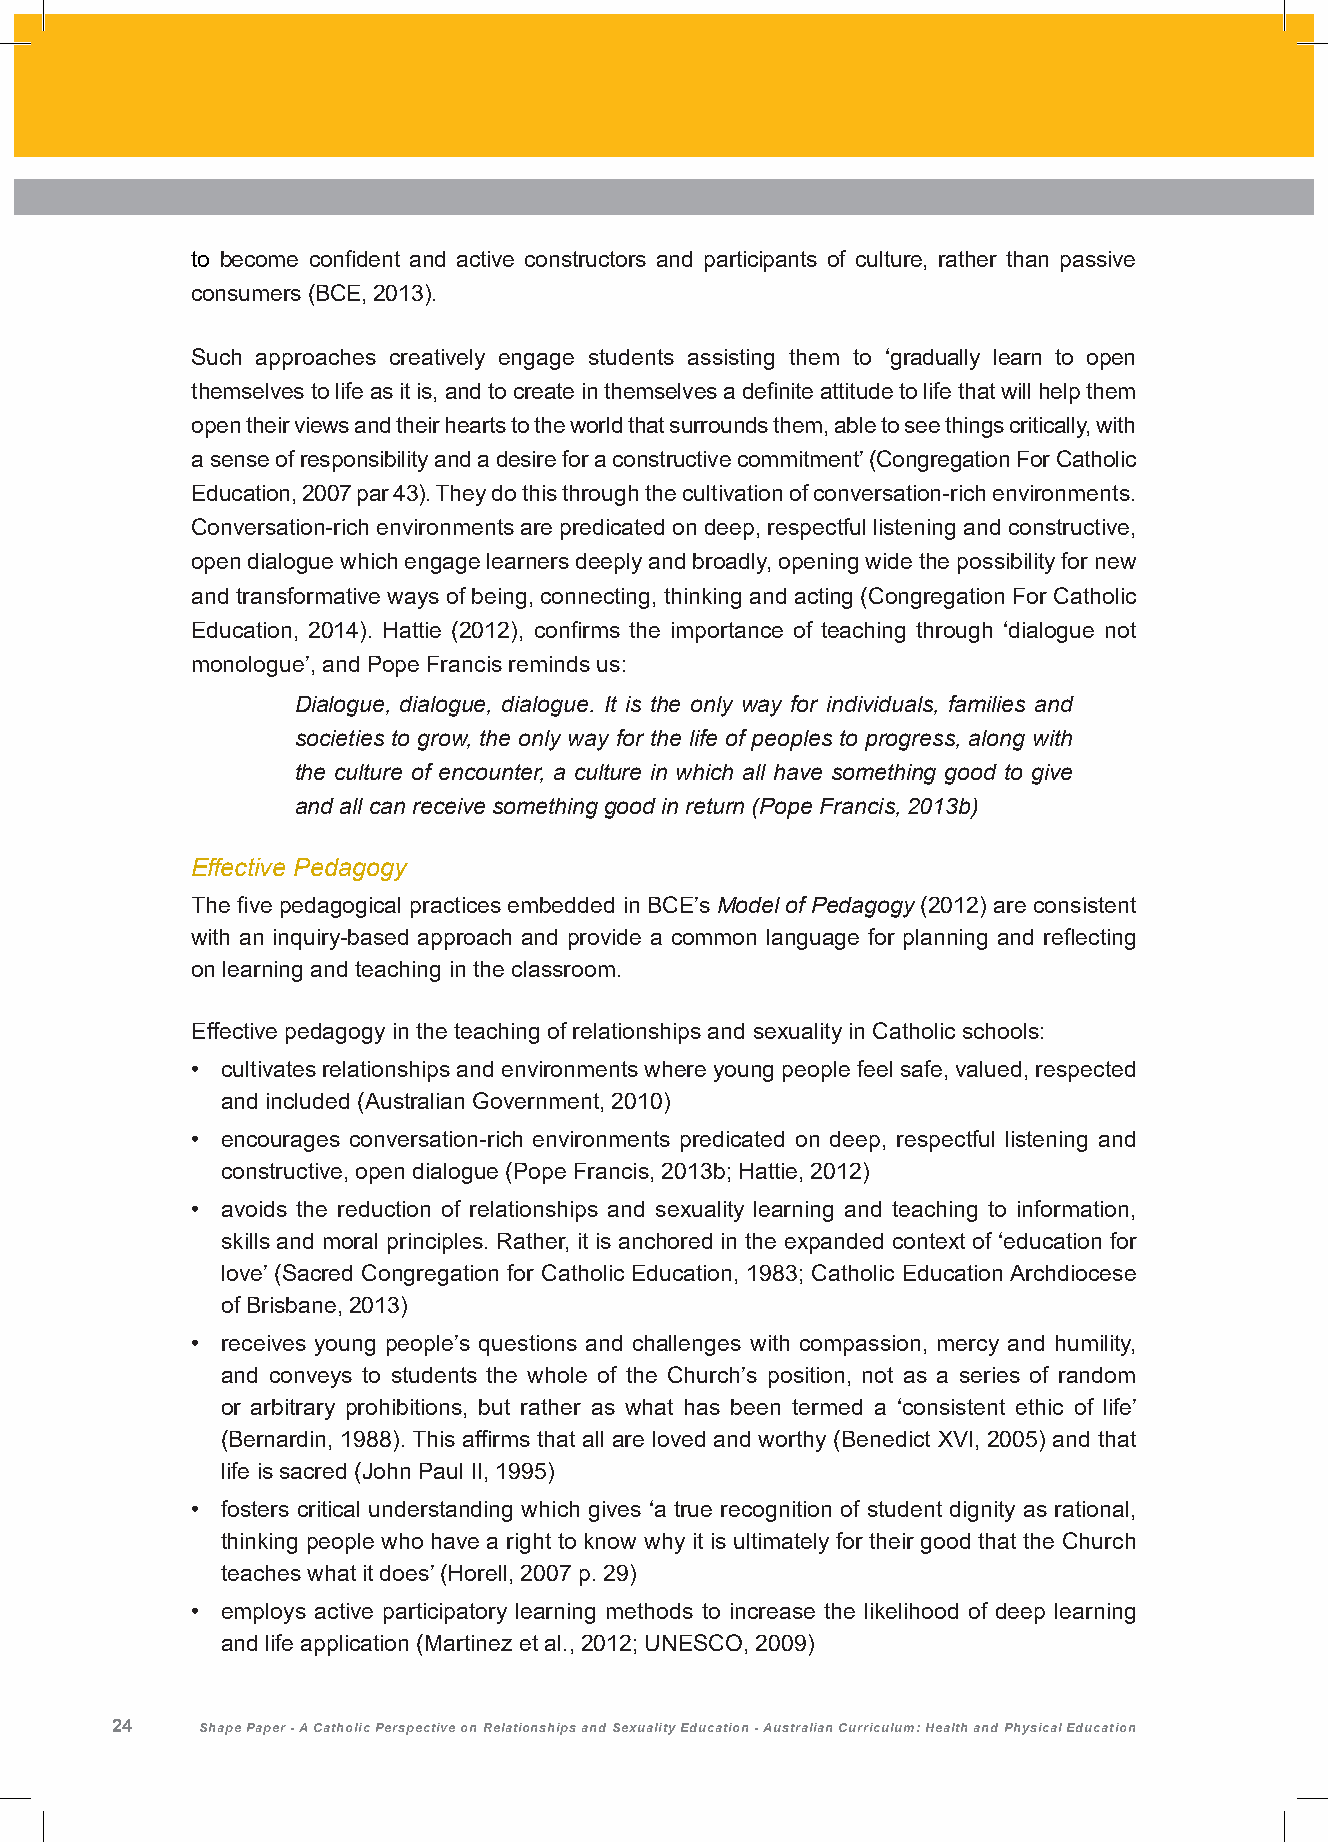
to become confident and active constructors and participants of culture, rather than passive
 consumers (BCE, 2013).
 Such approaches creatively engage students assisting them to ‘gradually learn to open
 themselves to life as it is, and to create in themselves a definite attitude to life that will help them
 open their views and their hearts to the world that surrounds them, able to see things critically, with
 a sense of responsibility and a desire for a constructive commitment’ (Congregation For Catholic
 Education, 2007 par 43). They do this through the cultivation of conversation-rich environments.
 Conversation-rich environments are predicated on deep, respectful listening and constructive,
 open dialogue which engage learners deeply and broadly, opening wide the possibility for new
 and transformative ways of being, connecting, thinking and acting (Congregation For Catholic
 Education, 2014). Hattie (2012), confirms the importance of teaching through ‘dialogue not
 monologue’, and Pope Francis reminds us:
 Dialogue, dialogue, dialogue. It is the only way for individuals, families and
 societies to grow, the only way for the life of peoples to progress, along with
 the culture of encounter, a culture in which all have something good to give
 and all can receive something good in return (Pope Francis, 2013b)
 Effective Pedagogy
 The five pedagogical practices embedded in BCE’s Model of Pedagogy (2012) are consistent
 with an inquiry-based approach and provide a common language for planning and reflecting
 on learning and teaching in the classroom.
 Effective pedagogy in the teaching of relationships and sexuality in Catholic schools:
 • cultivates relationships and environments where young people feel safe, valued, respected
 and included (Australian Government, 2010)
 • encourages conversation-rich environments predicated on deep, respectful listening and
 constructive, open dialogue (Pope Francis, 2013b; Hattie, 2012)
 • avoids the reduction of relationships and sexuality learning and teaching to information,
 skills and moral principles. Rather, it is anchored in the expanded context of ‘education for
 love’ (Sacred Congregation for Catholic Education, 1983; Catholic Education Archdiocese
 of Brisbane, 2013)
 • receives young people’s questions and challenges with compassion, mercy and humility,
 and conveys to students the whole of the Church’s position, not as a series of random
 or arbitrary prohibitions, but rather as what has been termed a ‘consistent ethic of life’
 (Bernardin, 1988). This affirms that all are loved and worthy (Benedict XVI, 2005) and that
 life is sacred (John Paul II, 1995)
 • fosters critical understanding which gives ‘a true recognition of student dignity as rational,
 thinking people who have a right to know why it is ultimately for their good that the Church
 teaches what it does’ (Horell, 2007 p. 29)
 • employs active participatory learning methods to increase the likelihood of deep learning
 and life application (Martinez et al., 2012; UNESCO, 2009)
 24    Shape Paper - A Catholic Perspective on Relationships and Sexuality Education - Australian Curriculum: Health and Physical Education